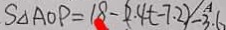
S _ { \Delta A O P } = 1 8 - ( 2 . 4 t - 7 . 2 ) - 3 . 6